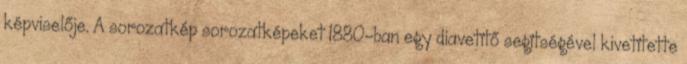
képviselője. A sorozatkép sorozatképeket 1880-ban egy diavetítő segítségével kivetítette